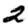
Digit: 2